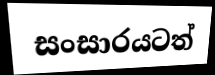
සංසාරයටත්